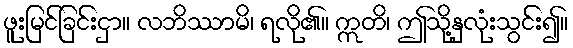
ဖူးမြင်ခြင်းငှာ။ လဘိဿာမိ၊ ရလို၏။ ဣတိ၊ ဤသို့နှလုံးသွင်း၍။